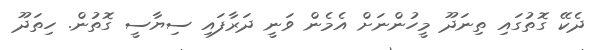
ދެކޭ ގޮތުގައި ތިނަދޫ މީހުންނަށް އެމެން ވަނީ ދަރާފައި ސިޔާސީ ގޮތުން. ހިތަދޫ